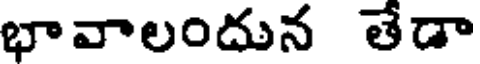
భావాలందున తేడా